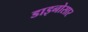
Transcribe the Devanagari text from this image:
डाइनोसार